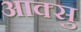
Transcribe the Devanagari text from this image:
आक्सु